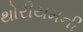
થોરીયમની